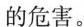
的危害。